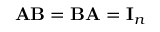
\mathbf { A B } = \mathbf { B A } = \mathbf { I } _ { n }